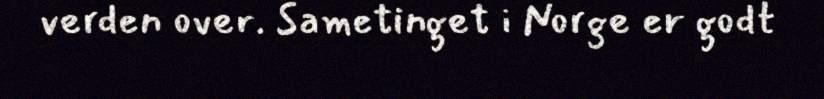
verden over. Sametinget i Norge er godt